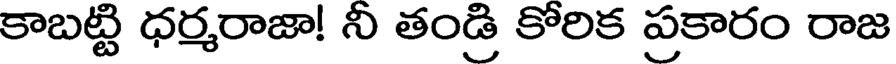
కాబట్టి ధర్మరాజా! నీ తండ్రి కోరిక ప్రకారం రాజ